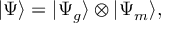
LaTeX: | \Psi \rangle = | \Psi _ { g } \rangle \otimes | \Psi _ { m } \rangle ,